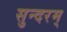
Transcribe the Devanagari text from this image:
सुन्‍दरम्